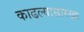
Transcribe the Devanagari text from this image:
काढल्यासारखा